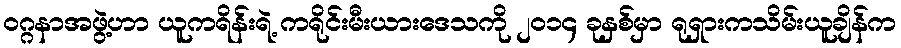
၀ဂ္ဂနာအဖွဲ့ဟာ ယူကရိန်းရဲ့ ကရိုင်းမီးယားဒေသကို ၂၀၁၄ ခုနှစ်မှာ ရုရှားကသိမ်းယူချိန်က